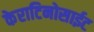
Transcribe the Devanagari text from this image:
केराटिनोसाईट